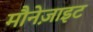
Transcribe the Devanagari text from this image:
मौनेज़ाइट